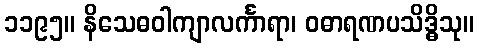
၁၁၉၅။ နိသေဓဝါကျာလင်္ကာရာ၊ ဝဓာရဏပသိဒ္ဓိသု။